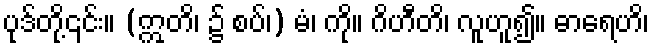
ပုဒ်တို့၎င်း။ (ဣတိ၊ ၌ စပ်၊) မံ၊ ကို။ ဂိဟီတိ၊ လူဟူ၍။ ဓာရေဟိ၊